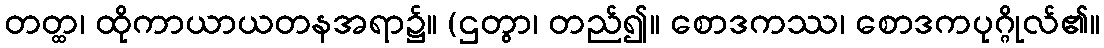
တတ္ထ၊ ထိုကာယာယတနအရာ၌။ (ဌတွာ၊ တည်၍။ စောဒကဿ၊ စောဒကပုဂ္ဂိုလ်၏။